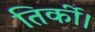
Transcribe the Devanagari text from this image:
तिर्की।